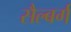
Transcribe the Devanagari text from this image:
सैल्बर्ग